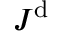
\boldsymbol { J } ^ { \mathrm { d } }